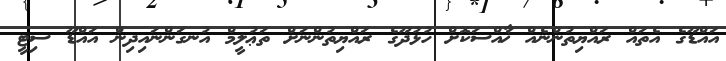
އައްޑޫގެ އެތައް ރައްޔިތުންނެއް ޚާއްސަކޮށް ހުޅުދޫގެ ރައްޔިތުންނަށް ތަޢުލީމް އުނގަންނައިދިން އައްޑޫ ސިޓީ